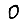
Digit: 0